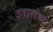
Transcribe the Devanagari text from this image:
उतारांचा